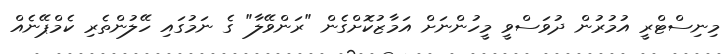
މިނިސްޓްރީ އުމުރުން ދުވަސްވީ މީހުންނަށް އަމާޒުކޮށްގެން "ރަންވޭލާ" ގެ ނަމުގައި ހޭލުންތެރި ކެމްޕޭނެއް